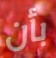
بأن